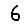
Digit: 6